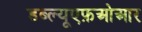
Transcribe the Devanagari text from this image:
डब्ल्यूएफ़ओआर